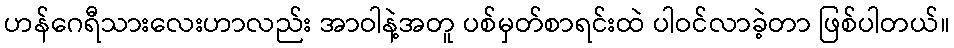
ဟန်ဂေရီသားလေးဟာလည်း အာဝါနဲ့အတူ ပစ်မှတ်စာရင်းထဲ ပါဝင်လာခဲ့တာ ဖြစ်ပါတယ်။